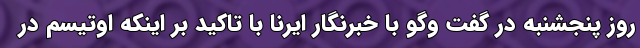
روز پنجشنبه در گفت وگو با خبرنگار ایرنا با تاکید بر اینکه اوتیسم در